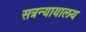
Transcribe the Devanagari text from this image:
सत्रन्यायालय